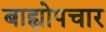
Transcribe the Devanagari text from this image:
बाह्योपचार